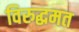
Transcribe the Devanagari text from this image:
विरुद्धमत